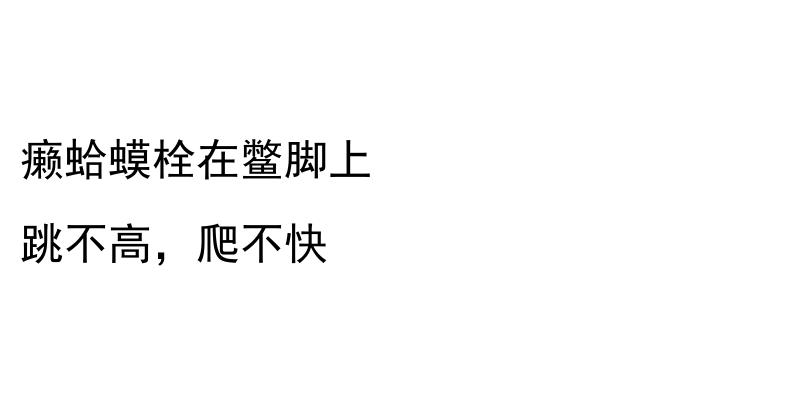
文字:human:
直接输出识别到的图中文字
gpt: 癞蛤蟆栓在鳖脚上 跳不高，爬不快